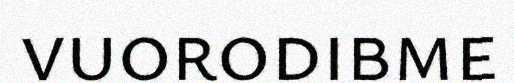
vuorodibme